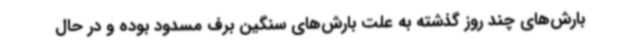
بارش‌های چند روز گذشته به علت بارش‌های سنگین برف مسدود بوده و در حال